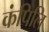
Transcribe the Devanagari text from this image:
कंपिलि